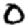
Digit: 0